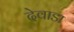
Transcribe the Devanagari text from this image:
देवाडा